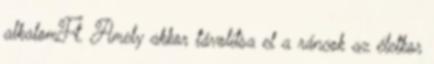
alkalomFt. Amely akkor távolítsa el a ráncok az életkor